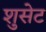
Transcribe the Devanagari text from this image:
शुसेट